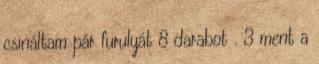
csináltam pár furulyát 8 darabot . 3 ment a